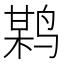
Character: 𪉏